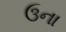
ઉના